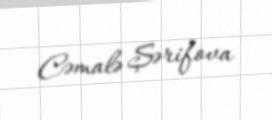
Cəmalə Şərifova